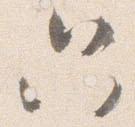
只